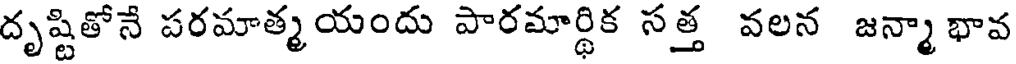
దృష్టితోనే పరమాత్మయందు పారమార్థిక సత్త వలన జన్మా భావ